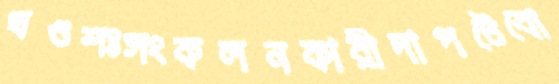
খণ্ডশঃসংকলনকারীদাপটেবো